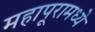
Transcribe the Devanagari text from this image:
महापूरामध्ये